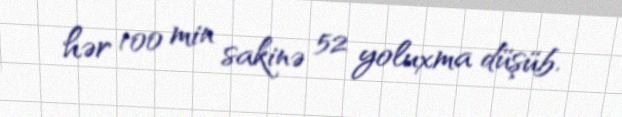
hər 100 min sakinə 52 yoluxma düşüb.